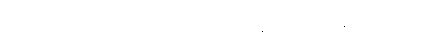
လို့အမဲသား ခေါက်ဆွဲရောင်းသူ သာဝတ် ကစ်ဂ်ျကွန် နာဆက်တီယန် ကပြောတယ်။